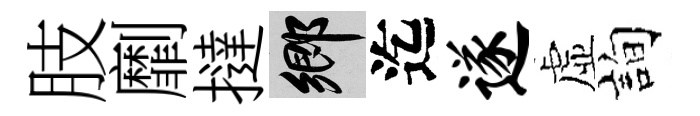
肢劘撻鄉迄遂虚詢